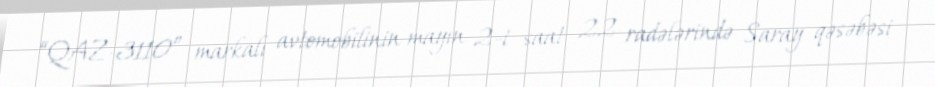
“QAZ-3110” markalı avtomobilinin mayın 2-i saat 22 radələrində Saray qəsəbəsi